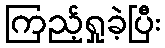
ကြည့်ရှုခဲ့ပြီး